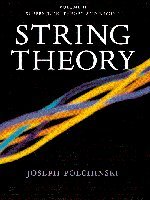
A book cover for String Theory (Cambridge Monographs on Mathematical Physics) (Volume 2); Joseph Polchinski; Science & Math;